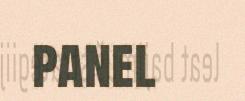
panel